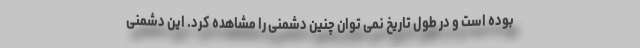
بوده است و در طول تاریخ نمی توان چنین دشمنی را مشاهده کرد. این دشمنی